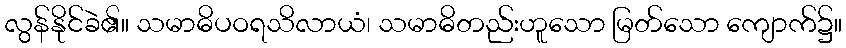
လွန်နိုင်ခဲ၏။ သမာဓိပဝရသိလာယံ၊ သမာဓိတည်းဟူသော မြတ်သော ကျောက်၌။